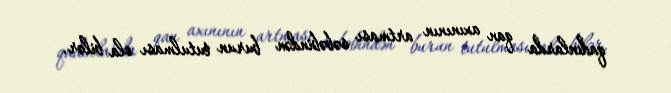
qadınlarda qan axınının artması səbəbindən burun tutulması ola bilər.